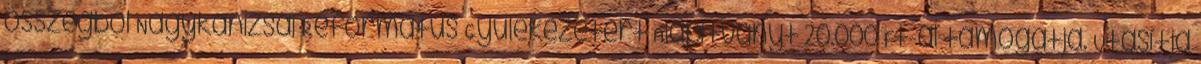
összegből Nagykanizsai Református Gyülekezetért Alapítványt 20.000 Ft-al támogatja. Utasítja